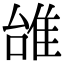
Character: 𨾱